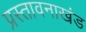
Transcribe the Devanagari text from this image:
प्रस्तावनाखंड